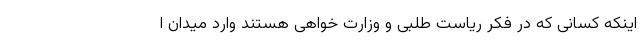
اینکه کسانی که در فکر ریاست طلبی و وزارت خواهی هستند وارد میدان ا